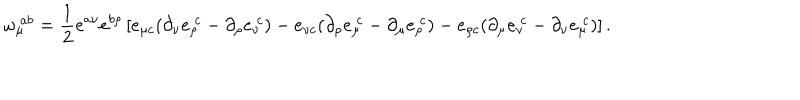
\omega _ { \mu } ^ { \ a b } = \frac { 1 } { 2 } e ^ { a \nu } e ^ { b \rho } \left[ e _ { \mu c } ( \partial _ { \nu } e _ { \rho } ^ { \ c } - \partial _ { \rho } e _ { \nu } ^ { \ c } ) - e _ { \nu c } ( \partial _ { \rho } e _ { \mu } ^ { \ c } - \partial _ { \mu } e _ { \rho } ^ { \ c } ) - e _ { \rho c } ( \partial _ { \mu } e _ { \nu } ^ { \ c } - \partial _ { \nu } e _ { \mu } ^ { \ c } ) \right] .